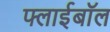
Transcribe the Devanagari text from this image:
फ्लाईबॉल